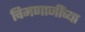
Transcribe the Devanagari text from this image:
चिमणाजींच्या